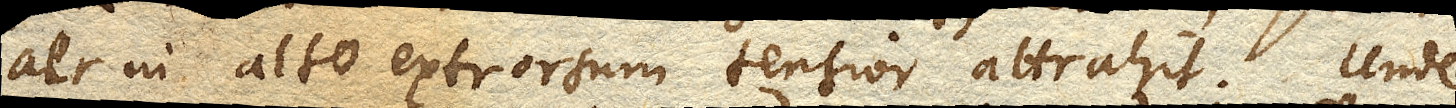
aer in alto extrorsum tensior attrahit. Unde